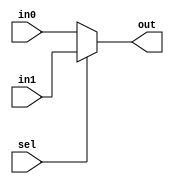
`timescale 1ns / 1ps
//////////////////////////////////////////////////////////////////////////////////
// Company: 
// Engineer: 
// 
// Design Name: 
// Module Name: mux_2_1
// Project Name: 
// Target Devices: 
// Tool Versions: 
// Description: 
// 
// Dependencies: 
// 
// Revision:
// Revision 0.01 - File Created
// Additional Comments:
// 
//////////////////////////////////////////////////////////////////////////////////


module mux_2_1 #(parameter BUS_WIDTH=32)(
    input sel,
    input [BUS_WIDTH-1:0] in0,
    input [BUS_WIDTH-1:0] in1,
    output [BUS_WIDTH-1:0] out
    );
    
assign out = sel?in1:in0;

    
endmodule